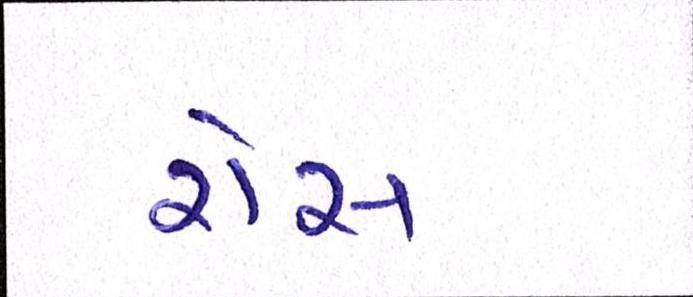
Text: રોસ